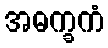
အဓက္ခကံ